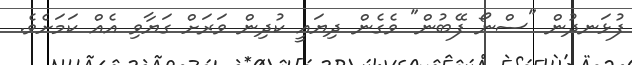
ފުޅަނދުން "ސްނޯ ފޭބުން" ވެގެން ދިޔައީ ކުދިން ވަރަށް ގަޔާވި އެއް ކަމަށެވެ.